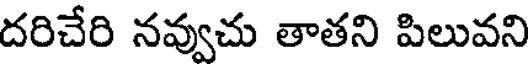
దరిచేరి నవ్వుచు తాతని పిలువని